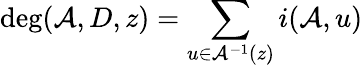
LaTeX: \deg(\mathcal{A},D,z)=\sum_{u\in\mathcal{A}^{-1}(z)}i(\mathcal{A},u)